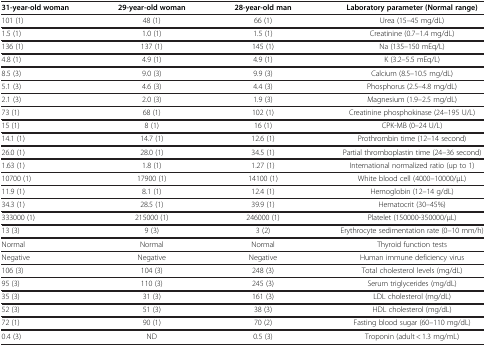
<table><thead><tr><td><b>31-year-old woman</b></td><td><b>29-year-old woman</b></td><td><b>28-year-old man</b></td><td><b>Laboratory parameter (Normal range)</b></td></tr></thead><tbody><tr><td>101 (1)</td><td>48 (1)</td><td>66 (1)</td><td>Urea (15–45 mg/dL)</td></tr><tr><td>1.5 (1)</td><td>1.0 (1)</td><td>1.5 (1)</td><td>Creatinine (0.7–1.4 mg/dL)</td></tr><tr><td>136 (1)</td><td>137 (1)</td><td>145 (1)</td><td>Na (135–150 mEq/L)</td></tr><tr><td>4.8 (1)</td><td>4.9 (1)</td><td>4.9 (1)</td><td>K (3.2–5.5 mEq/L)</td></tr><tr><td>8.5 (3)</td><td>9.0 (3)</td><td>9.9 (3)</td><td>Calcium (8.5–10.5 mg/dL)</td></tr><tr><td>5.1 (3)</td><td>4.6 (3)</td><td>4.4 (3)</td><td>Phosphorus (2.5–4.8 mg/dL)</td></tr><tr><td>2.1 (3)</td><td>2.0 (3)</td><td>1.9 (3)</td><td>Magnesium (1.9–2.5 mg/dL)</td></tr><tr><td>73 (1)</td><td>68 (1)</td><td>102 (1)</td><td>Creatinine phosphokinase (24–195 U/L)</td></tr><tr><td>15 (1)</td><td>8 (1)</td><td>16 (1)</td><td>CPK-MB (0–24 U/L)</td></tr><tr><td>14.1 (1)</td><td>14.7 (1)</td><td>12.6 (1)</td><td>Prothrombin time (12–14 second)</td></tr><tr><td>26.0 (1)</td><td>28.0 (1)</td><td>34.5 (1)</td><td>Partial thromboplastin time (24–36 second)</td></tr><tr><td>1.63 (1)</td><td>1.8 (1)</td><td>1.27 (1)</td><td>International normalized ratio (up to 1)</td></tr><tr><td>10700 (1)</td><td>17900 (1)</td><td>14100 (1)</td><td>White blood cell (4000–10000/μL)</td></tr><tr><td>11.9 (1)</td><td>8.1 (1)</td><td>12.4 (1)</td><td>Hemoglobin (12–14 g/dL)</td></tr><tr><td>34.3 (1)</td><td>28.5 (1)</td><td>39.9 (1)</td><td>Hematocrit (30–45%)</td></tr><tr><td>333000 (1)</td><td>215000 (1)</td><td>246000 (1)</td><td>Platelet (150000-350000/μL)</td></tr><tr><td>13 (3)</td><td>9 (3)</td><td>3 (2)</td><td>Erythrocyte sedimentation rate (0–10 mm/h)</td></tr><tr><td>Normal</td><td>Normal</td><td>Normal</td><td>Thyroid function tests</td></tr><tr><td>Negative</td><td>Negative</td><td>Negative</td><td>Human immune deficiency virus</td></tr><tr><td>106 (3)</td><td>104 (3)</td><td>248 (3)</td><td>Total cholesterol levels (mg/dL)</td></tr><tr><td>95 (3)</td><td>110 (3)</td><td>245 (3)</td><td>Serum triglycerides (mg/dL)</td></tr><tr><td>35 (3)</td><td>31 (3)</td><td>161 (3)</td><td>LDL cholesterol (mg/dL)</td></tr><tr><td>52 (3)</td><td>51 (3)</td><td>38 (3)</td><td>HDL cholesterol (mg/dL)</td></tr><tr><td>72 (1)</td><td>90 (1)</td><td>70 (2)</td><td>Fasting blood sugar (60–110 mg/dL)</td></tr><tr><td>0.4 (3)</td><td>ND</td><td>0.5 (3)</td><td>Troponin (adult &lt; 1.3 mg/mL)</td></tr></tbody></table>